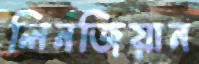
লিনজিয়ান